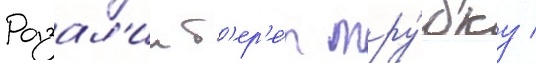
Розал'ин б'ер'е́т тру́бку /